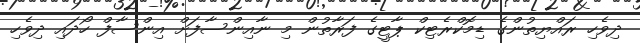
ދިވެހި ރައްޔިތުންގެ ޑިމޮކްރެޓިކް ޕާޓީގެ ފަރާތުން މި ނާއިންސާފަށް އިންސާފް ހޯދައި ދިވެހި